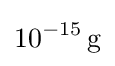
10^{-15}\,\mathrm {g}